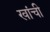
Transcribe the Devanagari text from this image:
खांची